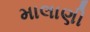
માલાણી